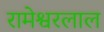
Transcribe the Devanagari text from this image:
रामेश्वरलाल